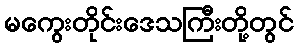
မကွေးတိုင်းဒေသကြီးတို့တွင်